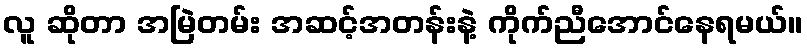
လူ ဆိုတာ အမြဲတမ်း အဆင့်အတန်းနဲ့ ကိုက်ညီအောင်နေရမယ်။